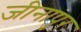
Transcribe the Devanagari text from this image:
जीनापुर